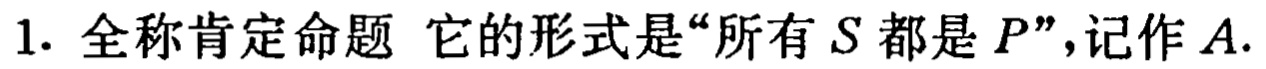
1. 全称肯定命题 它的形式是“所有\(S\)都是\(P\)”，记作\(A\).